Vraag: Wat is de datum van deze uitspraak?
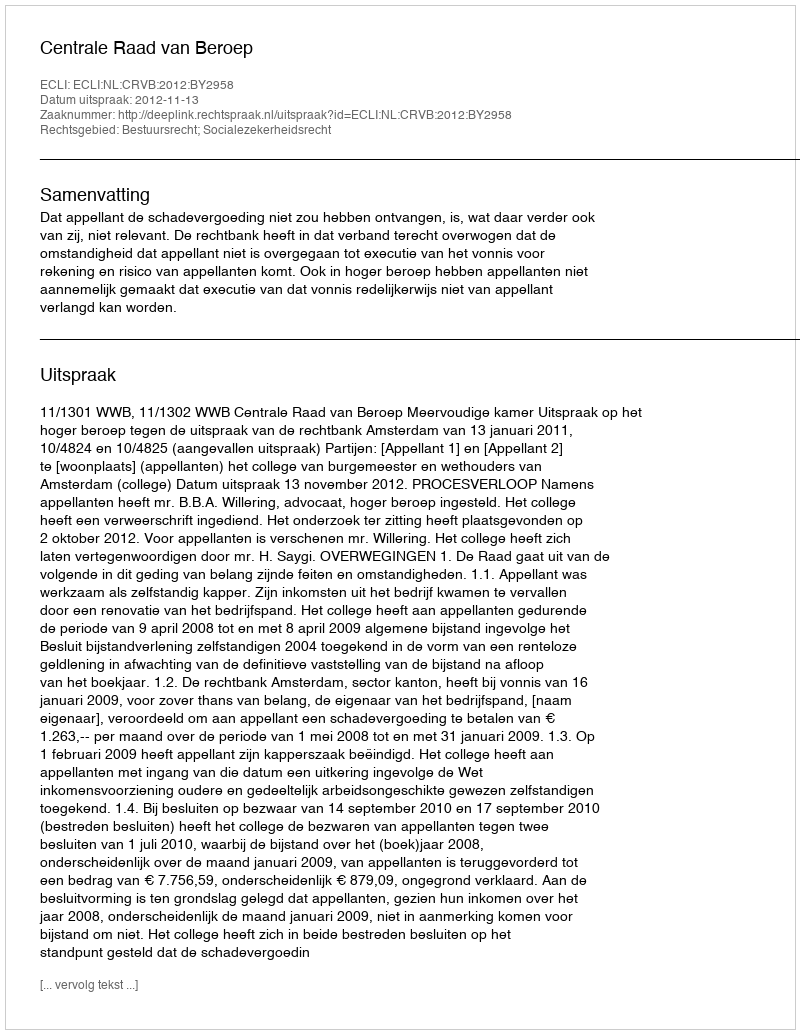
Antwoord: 2012-11-13